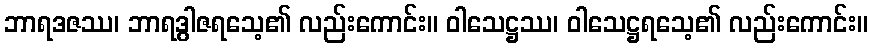
ဘာရဒဇဿ၊ ဘာရဒွါဇရသေ့၏ လည်းကောင်း။ ဝါသေဋ္ဌဿ၊ ဝါသေဋ္ဌရသေ့၏ လည်းကောင်း။